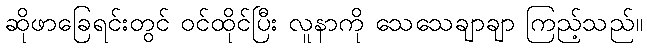
ဆိုဖာခြေရင်းတွင် ဝင်ထိုင်ပြီး လူနာကို သေသေချာချာ ကြည့်သည်။